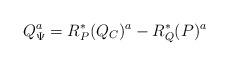
LaTeX: \begin{align*}Q_\Psi^a = R_P^*(Q_C)^a - R_Q^*(P)^a\end{align*}